Vaccination in Bombay 1902-1912 - 1902-1912
Year: 1902
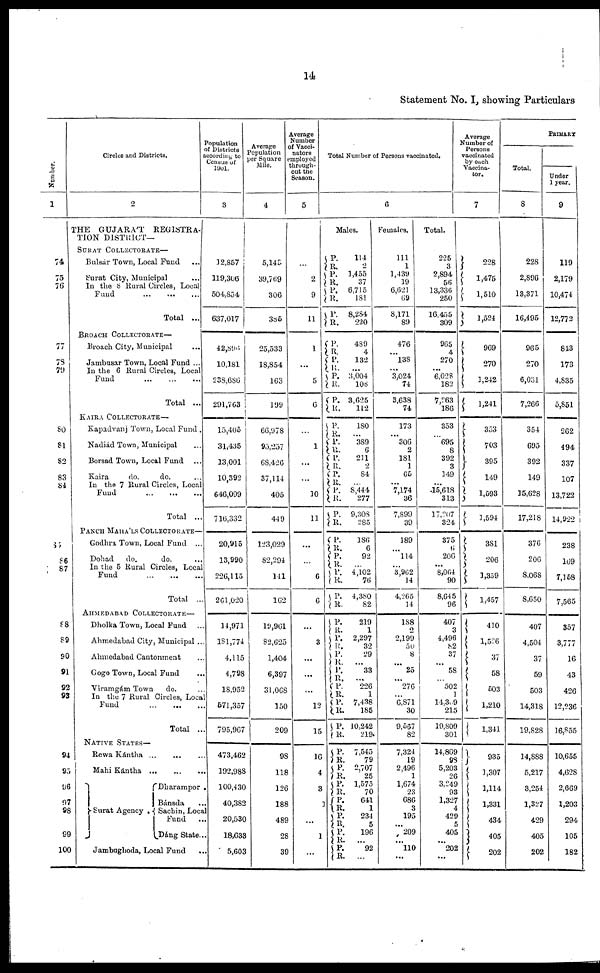
14
Statement No. I, showing Particulars
Number.
1
74
75
76
77
78
79
80
81
82
83
84
85
86
87
88
89
90
91
92
94
95
96
97
98
99
100
Circles and Districts.
2
THE GUJARÁT
REGISTRA-
TION DISTRICT—
SURAT COLLECTORATE—
Bulsár Town, Local Fund ...
Surat City, Municipal ...
In the 8 Rural Circles, Local
Fund
...
...
...
Total ...
BROACH COLLECTORATE—
Broach City, Municipal
...
Jambusar Town, Local Fund ...
In the 6 Rural Circles, Local
Fund
...
...
...
Total ...
KAIRA COLLECTORATE—
Kapadvanj Town, Local Fund .
Nadiád Town, Municipal ...
Borsad Town, Local Fund ...
Kaira
do.
do.
In the 7 Rural Circles, Local
Fund ... ... ...
Total ...
PANCH MAHÁLS COLLECTORATE—
Godhra Town, Local Fund
...
Dohad
do.
do. ...
In the 5 Rural Circles, Local
Fund
...
...
...
Total ...
AHMEDABAD COLLECTORATE—
Dholka Town, Local Fund ...
Ahmedabad City, Municipal ...
Ahmedabad Cantonment ...
Gogo Town, Local Fund ...
Viramgám Town
do.
...
In the 7 Rural Circles Loca
Fund ... ... ...
Total ...
NATIVE STATES—
Rewa Kántha ... ... ...
Mahi Kántha ... ... ...
Surat Agency .
Dharampor .
Bánsda
...
Sachin, Local
Fund ...
Dáng State ...
Jambughoda, Local Fund ...
Population
of Districts
according to
Census of
1901.
3
12,857
119,306
504,854
637,017
42,896
10,181
238,686
291,763
15,405
31,435
13,001
10,392
646,099
716,332
20,915
13,990
226,115
261,020
14,971
181,774
4,115
4,798
18,952
571,357
795,967
473,462
192,988
100,430
40,382
20,530
18,633
5,603
Average
Population
per Square
Mile.
4
5,143
39,769
306
385
25,533
18,854
163
199
66,978
95,257
68,426
37,114
405
449
123,029
82,294
141
162
19,961
82,625
1,404
6,397
31,068
150
209
98
118
126
188
489
28
39
Average
Number
of Vacci-
nators
employed
through-
out the
Season.
5
...
2
9
11
1
...
5
6
...
1
...
...
10
11
...
...
6
6
...
3
...
...
...
12
15
16
4
3
1
...
1
...
Total Number of Persons vaccinated.
6
Males.
P.
R.
P.
R.
P.
R.
P.
R.
P.
R.
P.
R.
P.
R.
P.
R.
P.
R.
P.
R. P.
R.
P.
R.
P.
R.
P.
R.
P.
R.
P. R. P.
R.
P.
R.
P.
R.
P.
R. P.
R.
P.
R. P.
R.
P.
R.
P.
R.
P.
R. P.
R.
P.
R. P.
R.
P.
R. P.
R.
P. R.
114
2
1,455
37
6,715
181
8,284
220
489
4
132
...
3,004
108
3,625
112
180
...
389
6
211
2
84
...
8,444
277
9,308
285
186
6
92
...
4,102
76
4,380
82
219
1
2,297
32
29
...
33
...
226
1
7,438
185
10,242
219
7,545
79
2,707
25
1,575
70
641
1
234
5
196
...
92
...
Females.
111
1
1,439
19
6,621
69
8,171
89
476
...
138
...
3,024
74
3,638
74
173
...
306
2
181
1
65
...
7,174
36
7,899
39
189
...
114
...
3,962
14
4,265
14
188
2
2,199
50
8
...
25
...
276
...
6,871
30
9,567
82
7,324
19
2,496
1
1,674
23
686
3
195
...
209
110
...
Total.
225
3
2,894
56
13,336
250
16,455
309
965
4
270
...
6,028
182
7,263
186
353
...
695
8
392
3
149
...
15,618
313
17,207
324
375
6
206
... 8,064
90
8,645
96
407
3
4,496
82
37
...
58
...
502
1
14,309
215
19,809
301
14,869
98
5,203
26
3,249
93
1,327
4
429
5
405
...
202
...
Average
Number of
Persons
vaccinated
by each
Vaccina-
tor.
7
228
1,475
1,510
1,524
969
270
1,242
1,241
353
703
395
149
1,593
1,594
381
206
1,359
1,457
410
1,526
37
58
503
1,210
1,341
935
1,307
1,114
1,331
434
405
202
PRIMARY
Total.
8
228
2,896
13,371
16,495
965
270
6,031
7,266
354
695
392
149
15,628
17,218
376
206
8,068
8,650
407
4,504
37
59
503
14,318
19,828
14,888
5,217
3,254
1,327
429
405
202
Under
1 year.
9
119
2,179
10,474
12,772
843
173
4,835
5,851
262
494
337
107
13,722
14,922
238
169
7,158
7,565
357
3,777
16
43
426
12,236
16,855
10,655
4,628
2,669
1,203
294
105
182